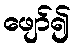
ဖျော်၍